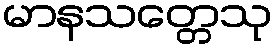
မာနသတ္တေသု